Indian Civil Veterinary Department memoirs
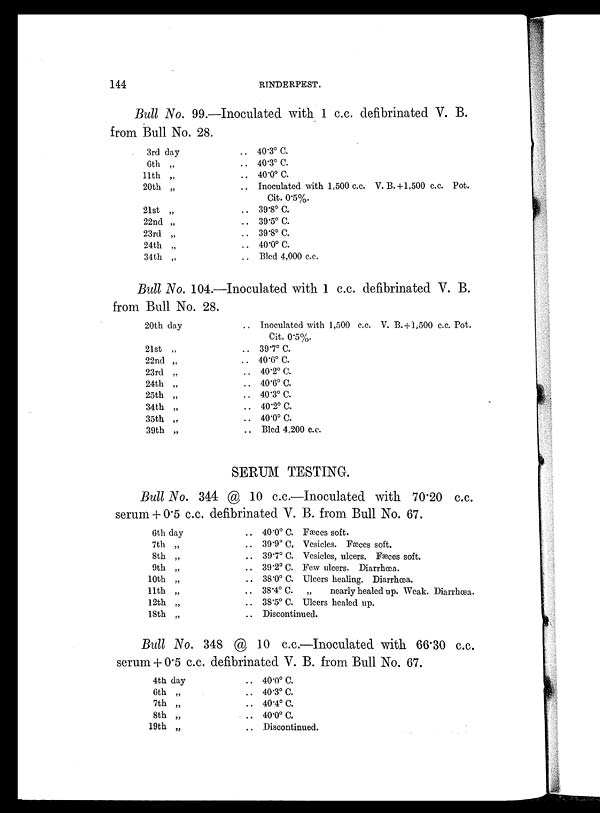
144
RINDERPEST.
Bull No. 99.—Inoculated with 1 c.c. defibrinated V. B.
from Bull No. 28.
3rd day
6th „
11th „
20th „
21st „
22nd „
23rd „
24th „
34th „
.. 40.3º C.
.. 40.3º C.
.. 40.0º C.
.. Inoculated with 1,500 c.c. V. B.+1,500 c.c. Pot.
Cit. 0.5%.
.. 39.8º C.
.. 39.5º C.
.. 39.8º C.
.. 40.0º C.
.. Bled 4,000 c.c.
Bull No. 104.—Inoculated with 1 c.c. defibrinated V. B.
from Bull No. 28.
20th day
21st „
22nd „
23rd „
24th „
25th „
34th „
35th „
39th „
.. Inoculated with 1,500 c.c. V. B.+1,500 c.c. Pot.
Cit. 0.5%.
.. 39.7º C.
.. 40.6º C.
.. 40.2º C.
.. 40.6º C.
.. 40.3º C.
.. 40.2º C.
.. 40.0º C.
.. Bled 4,200 c.c.
SERUM TESTING.
Bull No. 344 @ 10 c.c.—Inoculated with 70.20 c.c.
serum + 0.5 c.c. defibrinated V. B. from Bull No. 67.
6th day
7th „
8th „
9th „
10th „
11th „
12th „
18th „
.. 40.0º C. Fæces soft.
.. 39.9º C, Vesicles. Fæces soft.
.. 39.7º C. Vesicles, ulcers. Fæces soft.
.. 39.2º C. Few ulcers. Diarrhœa.
.. 38.0º C. Ulcers healing. Diarrhœa.
.. 38.4º C. „
nearly healed up. Weak. Diarrhœa.
.. 38.5º C. Ulcers healed up.
.. Discontinued.
Bull No. 348 @ 10 c.c.—Inoculated with 66.30 c.c.
serum + 0.5 c.c. defibrinated V. B. from Bull No. 67.
4th day
6th „
7th „
8th „
19th „
.. 40.0º C.
.. 40.3º C.
.. 40.4º C.
.. 40.0º C.
.. Discontinued.